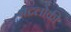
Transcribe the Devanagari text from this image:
भद्रलोकी